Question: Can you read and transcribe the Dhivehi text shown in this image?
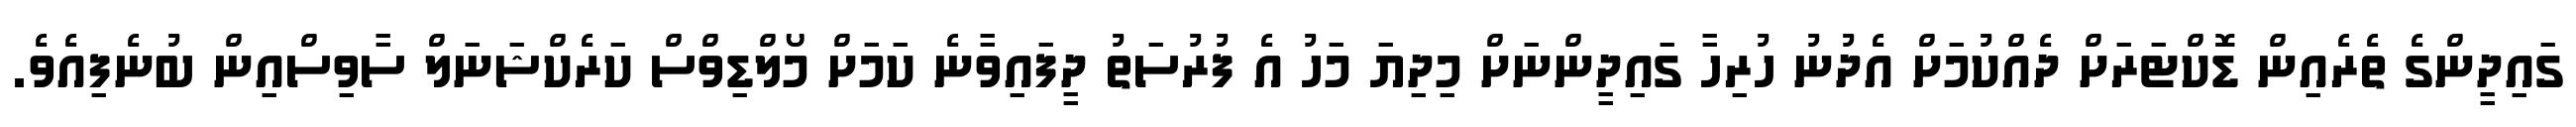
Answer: ގައިދީންގެ ތެރެއިން ޑޮކްޓަރަށް ދެއްކުމަށް އެދުނު ހުރިހާ ގައިދީންނަށް މިދިޔަ މަހު އެ ފުރުސަތު ދީފައިވާނެ ކަމަށް މޯލްޑިވްސް ކަރެކްޝަނަލް ސާވިސްއިން ބުނެފިއެވެ.